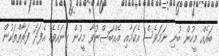
ބައެއް މީހުން ބުނި ނަމަވެސް އެކަމާއި އެއްބަސްނުވާ މީހުން ގިނައެވެ. އެފަދަ ފަރާތްތަކުން